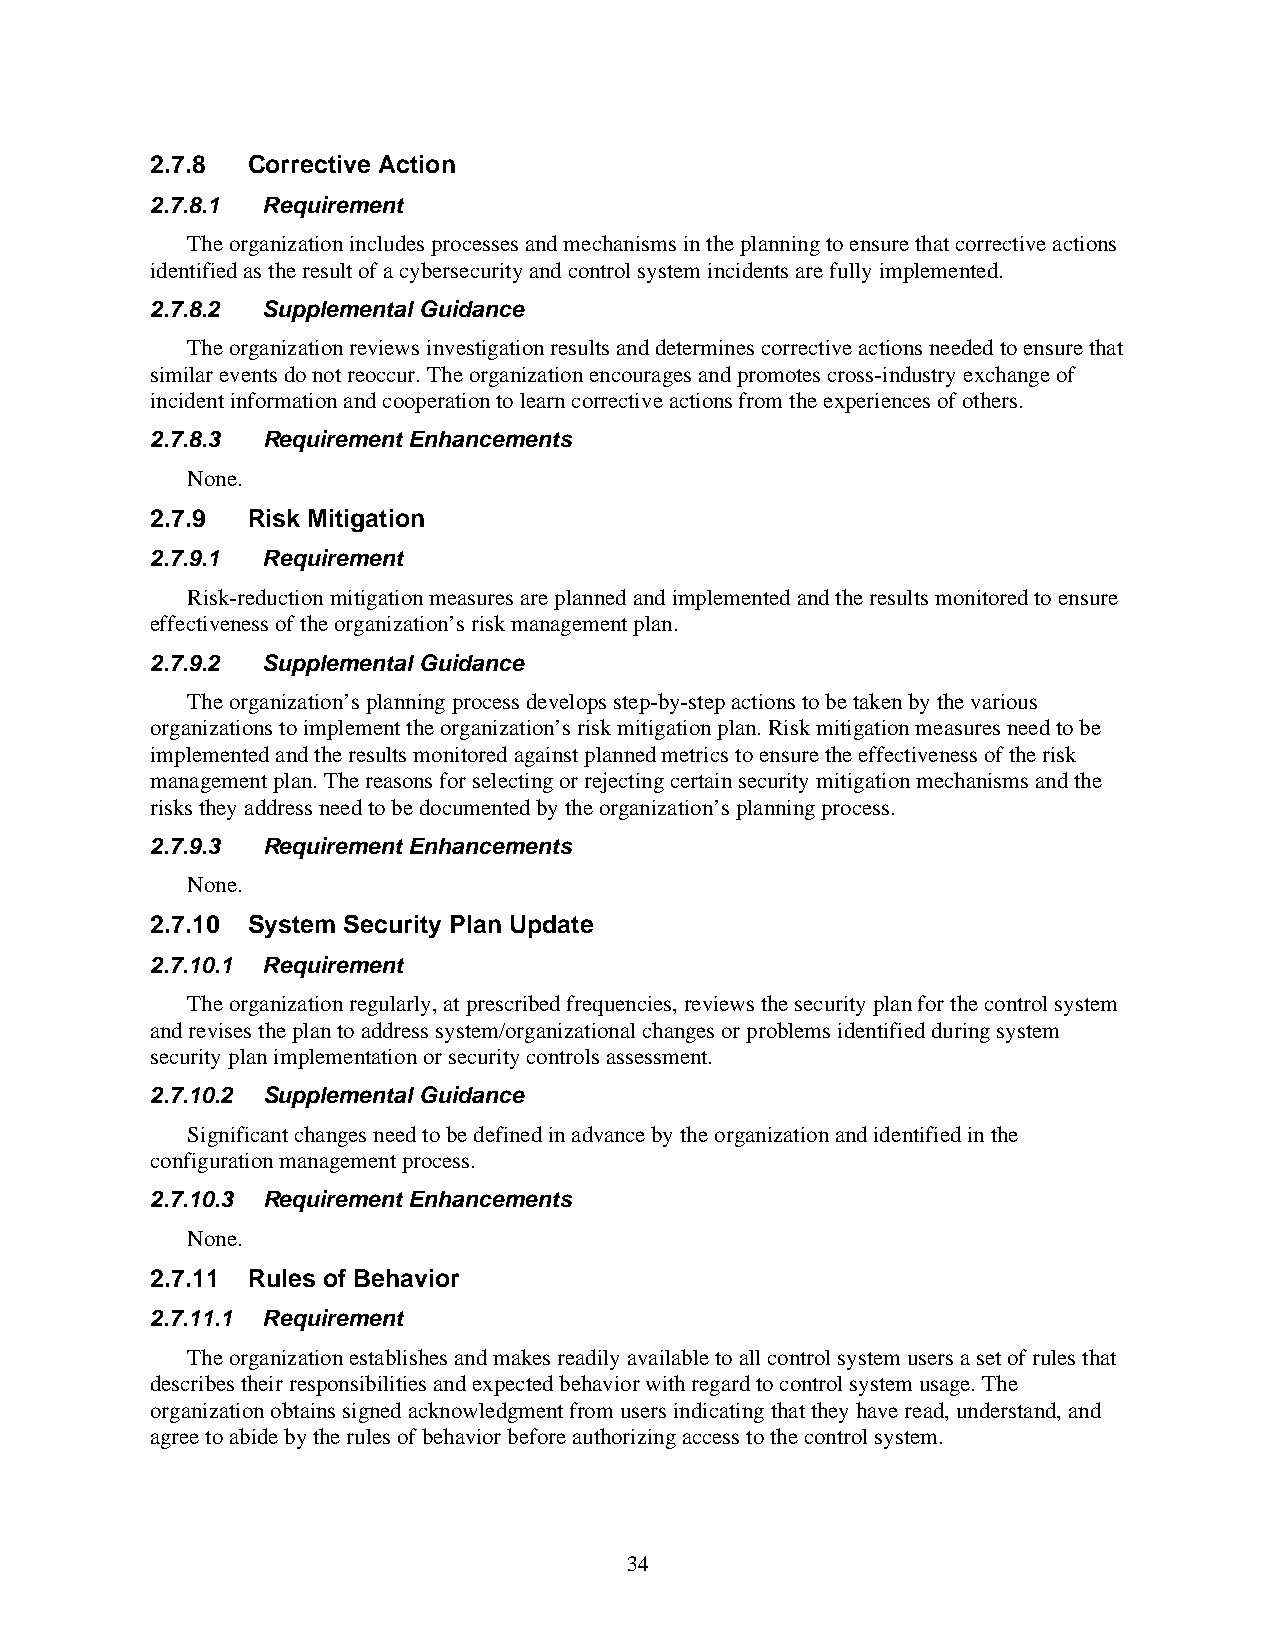
2.7.8 Corrective Action
 2.7.8.1 Requirement
 The organization includes processes and mechanisms in the planning to ensure that corrective actions
 identified as the result of a cybersecurity and control system incidents are fully implemented.
 2.7.8.2 Supplemental Guidance
 The organization reviews investigation results and determines corrective actions needed to ensure that
 similar events do not reoccur. The organization encourages and promotes cross-industry exchange of
 incident information and cooperation to learn corrective actions from the experiences of others.
 2.7.8.3 Requirement Enhancements
 None.
 2.7.9 Risk Mitigation
 2.7.9.1 Requirement
 Risk-reduction mitigation measures are planned and implemented and the results monitored to ensure
 effectiveness of the organization’s risk management plan.
 2.7.9.2 Supplemental Guidance
 The organization’s planning process develops step-by-step actions to be taken by the various
 organizations to implement the organization’s risk mitigation plan. Risk mitigation measures need to be
 implemented and the results monitored against planned metrics to ensure the effectiveness of the risk
 management plan. The reasons for selecting or rejecting certain security mitigation mechanisms and the
 risks they address need to be documented by the organization’s planning process.
 2.7.9.3 Requirement Enhancements
 None.
 2.7.10 System Security Plan Update
 2.7.10.1 Requirement
 The organization regularly, at prescribed frequencies, reviews the security plan for the control system
 and revises the plan to address system/organizational changes or problems identified during system
 security plan implementation or security controls assessment.
 2.7.10.2 Supplemental Guidance
 Significant changes need to be defined in advance by the organization and identified in the
 configuration management process.
 2.7.10.3 Requirement Enhancements
 None.
 2.7.11 Rules of Behavior
 2.7.11.1 Requirement
 The organization establishes and makes readily available to all control system users a set of rules that
 describes their responsibilities and expected behavior with regard to control system usage. The
 organization obtains signed acknowledgment from users indicating that they have read, understand, and
 agree to abide by the rules of behavior before authorizing access to the control system.
 34